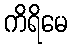
ကိရိမေ